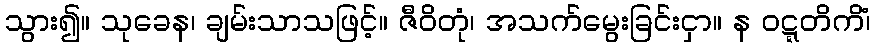
သွား၍။ သုခေန၊ ချမ်းသာသဖြင့်။ ဇီဝိတုံ၊ အသက်မွေးခြင်းငှာ။ န ဝဋ္ဋတိကိံ၊